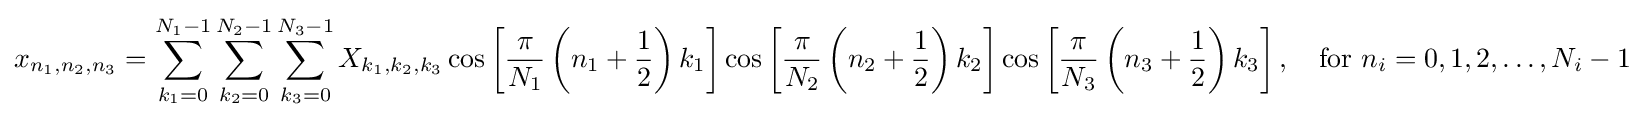
x_{n_{1},n_{2},n_{3}}=\sum _{k_{1}=0}^{N_{1}-1}\sum _{k_{2}=0}^{N_{2}-1}\sum _{k_{3}=0}^{N_{3}-1}X_{k_{1},k_{2},k_{3}}\cos \left[{\frac {\pi }{N_{1}}}\left(n_{1}+{\frac {1}{2}}\right)k_{1}\right]\cos \left[{\frac {\pi }{N_{2}}}\left(n_{2}+{\frac {1}{2}}\right)k_{2}\right]\cos \left[{\frac {\pi }{N_{3}}}\left(n_{3}+{\frac {1}{2}}\right)k_{3}\right],\quad {\text{for }}n_{i}=0,1,2,\dots ,N_{i}-1